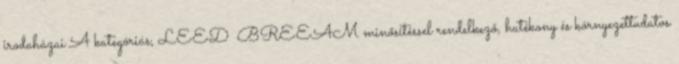
irodaházai A kategóriás, LEED BREEAM minősítéssel rendelkező, hatékony és környezettudatos